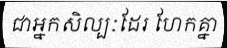
ជាអ្នកសិល្បៈដែរ ហែកគ្នា